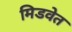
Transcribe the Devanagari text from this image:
मिडवेत